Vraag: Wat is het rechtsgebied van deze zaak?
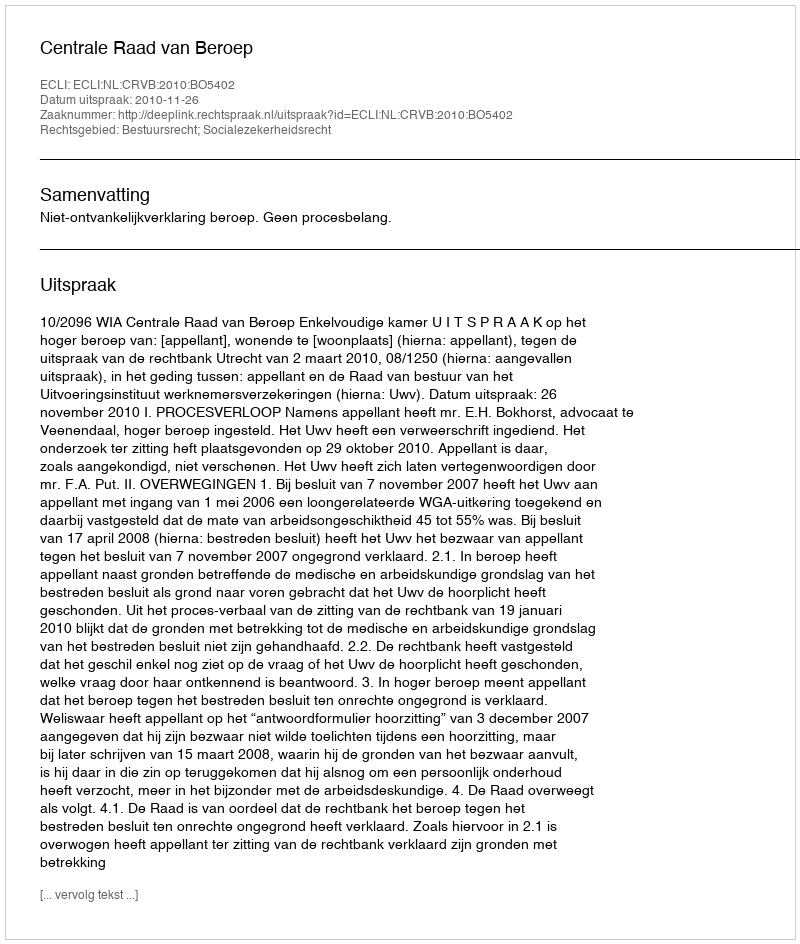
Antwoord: Bestuursrecht; Socialezekerheidsrecht